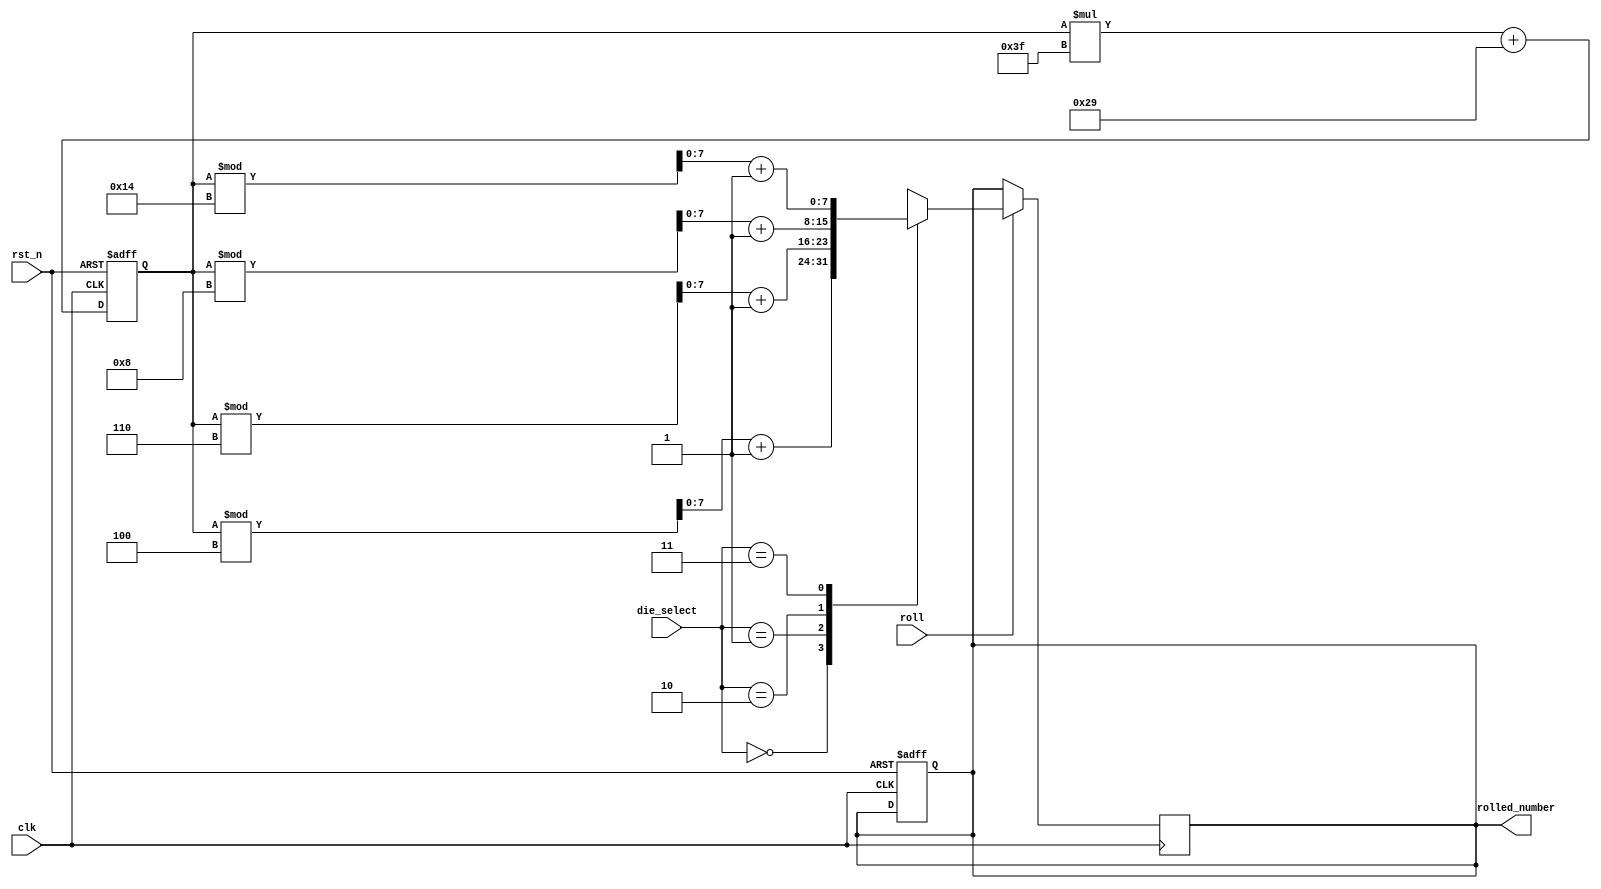
module dice_roller (
    input clk,
    input rst_n,
    input [1:0] die_select,
    input roll,
    output reg [7:0] rolled_number
);

reg [7:0] rnd;

// Random number generator
always @(posedge clk or negedge rst_n) begin
    if (!rst_n) begin
        rnd <= 8'h42;
        rolled_number <= 8'h1; // Assign initial value during reset
    end else begin
        rnd <= rnd * 8'h3f + 8'h29;
    end
end

// Roll logic
always @(posedge clk) begin
    if (roll) begin
        case (die_select)
            2'b00: rolled_number <= (rnd % 4) + 1;
            2'b01: rolled_number <= (rnd % 6) + 1;
            2'b10: rolled_number <= (rnd % 8) + 1;
            2'b11: rolled_number <= (rnd % 20) + 1;
        endcase
    end
end

endmodule